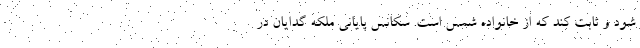
شود و ثابت کند که از خانواده شمس است. سکانس پایانی ملکه گدایان در